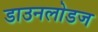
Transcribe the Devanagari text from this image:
डाउनलोडज